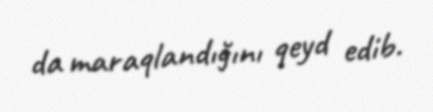
da maraqlandığını qeyd edib.